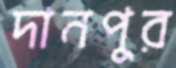
দানপুর